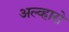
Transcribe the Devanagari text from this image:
अल्व्हारो